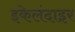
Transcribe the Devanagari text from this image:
इकेलंदाइर